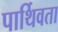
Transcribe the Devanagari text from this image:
पार्थिवता